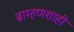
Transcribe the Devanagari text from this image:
ब्राम्हणशाही